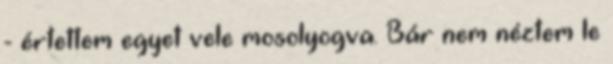
- értettem egyet vele mosolyogva. Bár nem néztem le